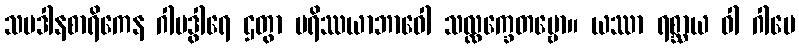
သပဒါနစာရိကေန ဂါမဒွါရေ ဌတွာ ပရိဿယာဘာဝေါ သလ္လက္ခေတဗ္ဗော။ ယဿာ ရစ္ဆာယ ဝါ ဂါမေ